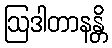
ဩဒါတာနန္တိ